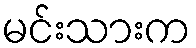
မင်းသားက